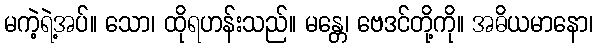
မကဲ့ရဲ့အပ်။ သော၊ ထိုရဟန်းသည်။ မန္တေ၊ ဗေဒင်တို့ကို။ အဓိယမာနော၊